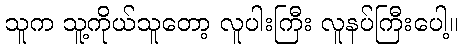
သူက သူ့ကိုယ်သူတော့ လူပါးကြီး လူနပ်ကြီးပေါ့။